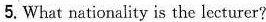
5. What nationality is the lecturer?